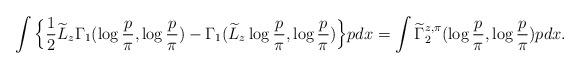
LaTeX: \begin{align*}\int\Big\{\frac{1}{2}\widetilde L_z\Gamma_1(\log\frac{p }{\pi}, \log\frac{p }{\pi})-\Gamma_1( \widetilde L_z\log\frac{p }{\pi}, \log\frac{p }{\pi})\Big\} p dx=\int \widetilde\Gamma_2^{z,\pi}(\log\frac{p }{\pi},\log\frac{p }{\pi}) p dx.\end{align*}